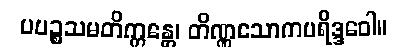
ပပဉ္စသမတိက္ကန္တေ၊ တိဏ္ဏသောကပရိဒ္ဒဝေါ။